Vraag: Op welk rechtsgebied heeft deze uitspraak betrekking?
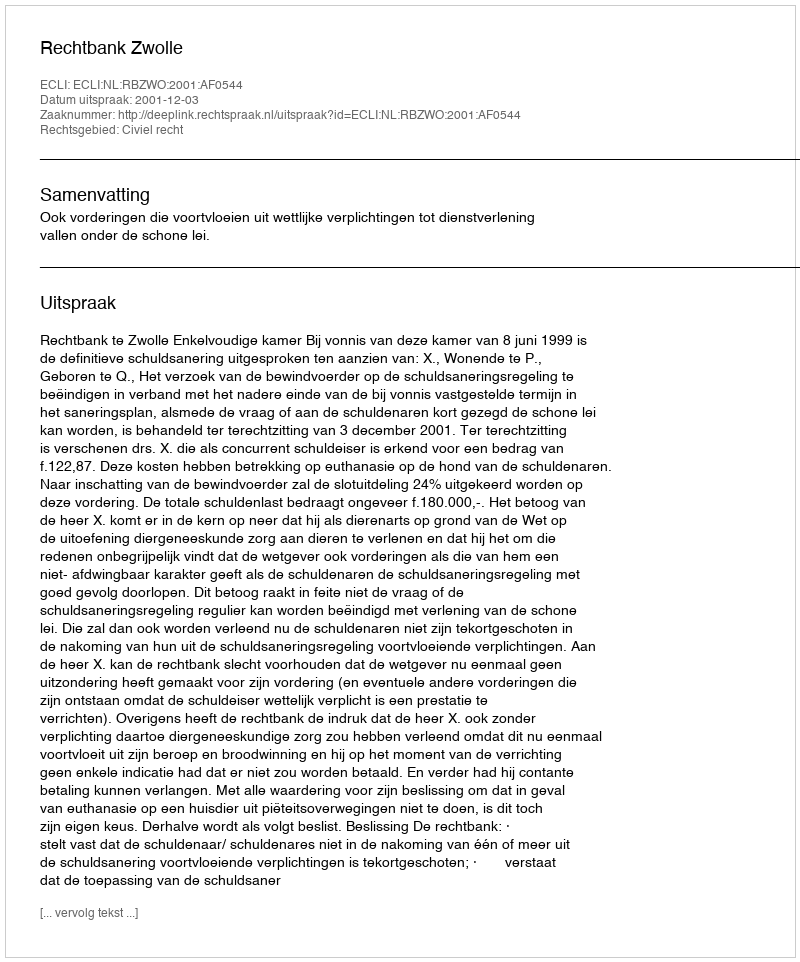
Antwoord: Civiel recht